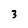
Character: 3